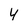
Character: 4